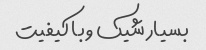
بسیار شیک و با کیفیت